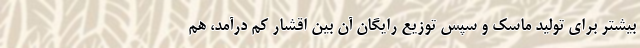
بیشتر برای تولید ماسک و سپس توزیع رایگان آن بین اقشار کم درآمد، هم